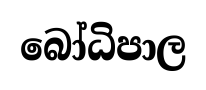
බෝධිපාල